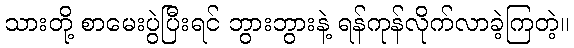
သားတို့ စာမေးပွဲပြီးရင် ဘွားဘွားနဲ့ ရန်ကုန်လိုက်လာခဲ့ကြတဲ့။